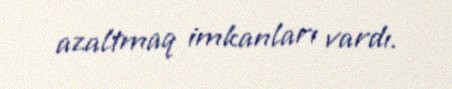
azaltmaq imkanları vardı.